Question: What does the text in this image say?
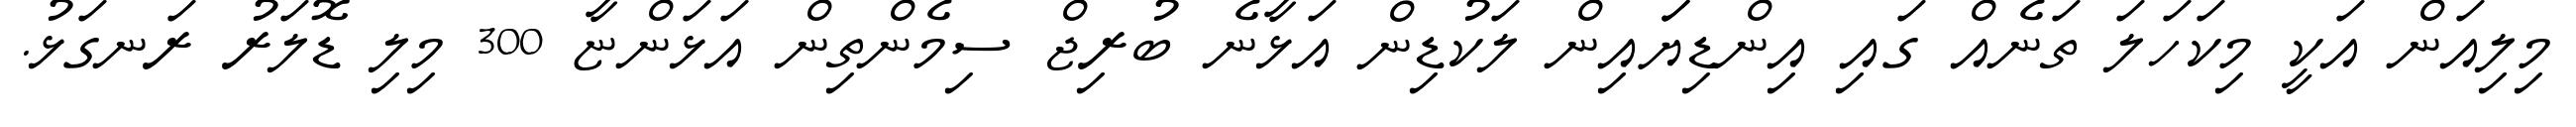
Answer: މިލިއަން އަކީ މިކަހަލަ ތަނެއް ގައި އިންޑިޔަައިން ލަކުޑިން އަޅާނެ ބުރިޖް ސިމެންތިން އަޅަންޏާ 300 މިލި ޑޮލަރު ރަނގަޅު.